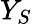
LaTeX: Y_{S}